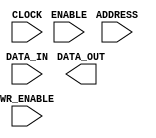

module CDK_S128x16(ADDRESS, DATA_IN, DATA_OUT, ENABLE, WR_ENABLE,
     CLOCK);
  input [7:0] ADDRESS;
  input [15:0] DATA_IN;
  input ENABLE, WR_ENABLE, CLOCK;
  output [15:0] DATA_OUT;

endmodule